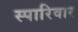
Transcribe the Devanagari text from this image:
स्पारिवार